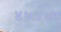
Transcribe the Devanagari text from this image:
४६५०ए